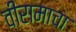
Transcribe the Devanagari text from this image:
वीरामाचा